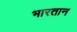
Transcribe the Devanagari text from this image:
भारतान